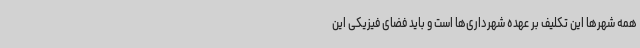
همه شهرها این تکلیف بر عهده شهرداری‌ها است و باید فضای فیزیکی این